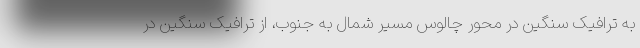
به ترافیک سنگین در محور چالوس مسیر شمال به جنوب، از ترافیک سنگین در